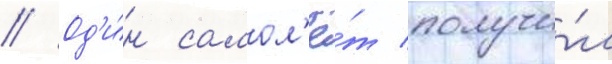
// Од'и́н самол'ё́т получи́л